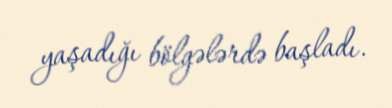
yaşadığı bölgələrdə başladı.